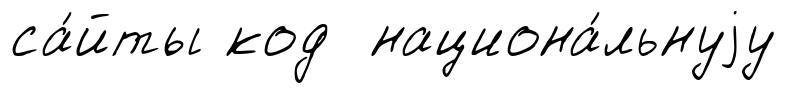
са́йты код национа́льнуjу